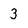
Character: 3